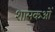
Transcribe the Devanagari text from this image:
शासकओं